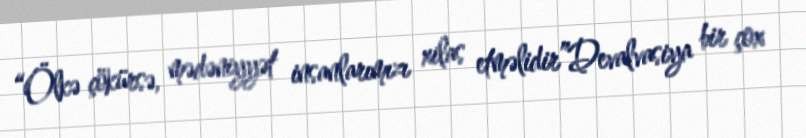
“Ölkə çökürsə, mədəniyyət insanlarımızı xilas etməlidir”Devalvasiya bir çox